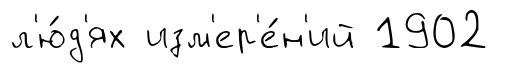
л'ю́д'ях изм'ер'е́н'ий 1902